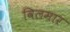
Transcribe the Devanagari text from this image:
विलमार